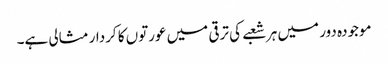
موجودہ دور میں ہر شعبے کی ترقی میں عورتوں کا کردار مثالی ہے۔